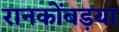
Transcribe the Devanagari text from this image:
रानकोंबड़या